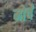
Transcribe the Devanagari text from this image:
मोर्चें